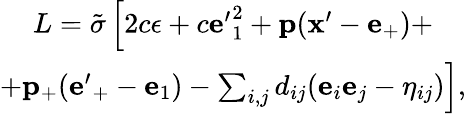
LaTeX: \begin{array}{c}{{L={\tilde{\sigma}}\left[2c\epsilon+c{\mathbf e^{\prime}}_{1}^{2}+{\mathbf p}({\mathbf x^{\prime}}-{\mathbf e}_{+})+\right.}}\\ {{\left.+{\mathbf p}_{+}({\mathbf e^{\prime}}_{+}-{\mathbf e}_{1})-\sum_{i,j}d_{ij}({\mathbf e}_{i}{\mathbf e}_{j}-\eta_{ij})\right],}}\end{array}